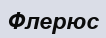
Флерюс